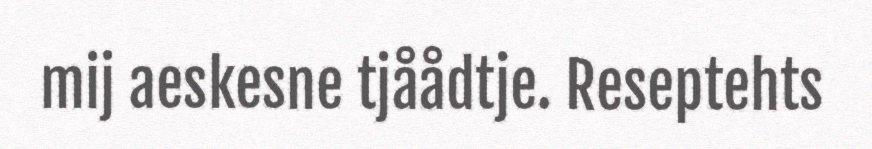
mij aeskesne tjåådtje. Reseptehts